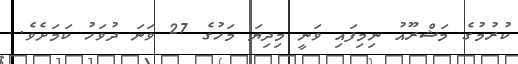
ކުރުމުގެ މަޝްރޫއު ނިމިފައި ވަނީ މިދިޔަ މަހުގެ 27 ވަނަ ދުވަހު ކަމަށެވެ.